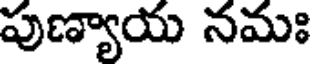
పుణ్యాయ నమః